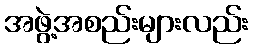
အဖွဲ့အစည်းများလည်း